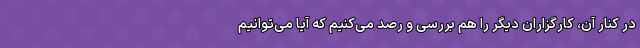
در کنار آن، کارگزاران دیگر را هم بررسی و رصد می‌کنیم که آیا می‌توانیم